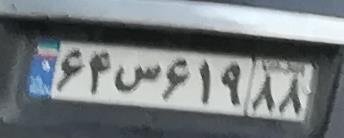
۶۴س۶۱۹۸۸